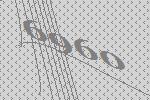
6960